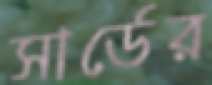
সার্ডের